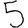
Digit: 5